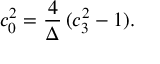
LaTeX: c _ { 0 } ^ { 2 } = { \frac { 4 } { \Delta } } \, ( c _ { 3 } ^ { 2 } - 1 ) .